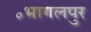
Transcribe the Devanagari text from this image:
॰भागलपुर